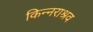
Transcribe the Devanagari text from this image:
किन्नराश्रव